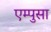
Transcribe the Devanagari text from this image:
एम्पुसा